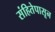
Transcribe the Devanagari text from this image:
संहितेपासून